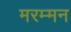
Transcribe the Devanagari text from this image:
मरम्मन